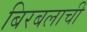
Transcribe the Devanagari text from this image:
बिरबलाची